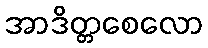
အာဒိတ္တစေလော